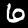
Label: 6